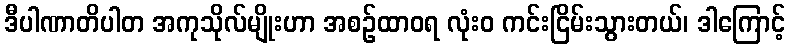
ဒီပါဏာတိပါတ အကုသိုလ်မျိုးဟာ အစဉ်ထာဝရ လုံးဝ ကင်းငြိမ်းသွားတယ်၊ ဒါကြောင့်